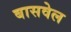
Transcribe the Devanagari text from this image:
बासवेल